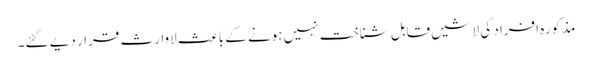
مذکورہ افراد کی لاشیں قابل شناخت نہیں ہونے کے باعث لاوارث قرار دیے گئے۔